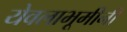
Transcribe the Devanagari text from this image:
येवलाभूमीनी